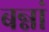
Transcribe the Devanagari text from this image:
बन्नां